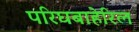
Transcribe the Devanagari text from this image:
परिघबाहेरिल